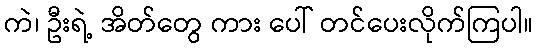
ကဲ၊ ဦးရဲ့ အိတ်တွေ ကား ပေါ် တင်ပေးလိုက်ကြပါ။